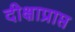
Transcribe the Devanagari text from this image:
दीक्षाप्राप्त